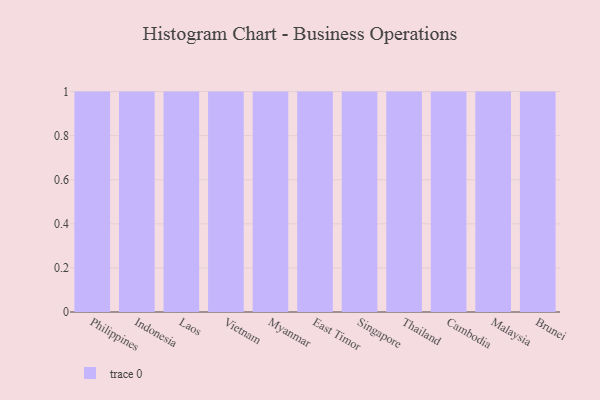
{"axis": {"x": "Country", "y": "Population (Million)"}, "legend": [""], "data": [{"x": "Philippines", "y": 16, "type": ""}, {"x": "Indonesia", "y": 92, "type": ""}, {"x": "Laos", "y": 28, "type": ""}, {"x": "Vietnam", "y": 4, "type": ""}, {"x": "Myanmar", "y": 59, "type": ""}, {"x": "East Timor", "y": 69, "type": ""}, {"x": "Singapore", "y": 34, "type": ""}, {"x": "Thailand", "y": 40, "type": ""}, {"x": "Cambodia", "y": 52, "type": ""}, {"x": "Malaysia", "y": 49, "type": ""}, {"x": "Brunei", "y": 8, "type": ""}]}